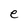
Character: e